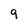
Character: 9